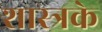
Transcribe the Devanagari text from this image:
शास्त्रके